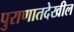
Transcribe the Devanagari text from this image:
पुराणातदेखील